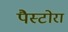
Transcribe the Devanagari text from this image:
पैस्टोरा